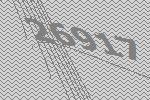
26917